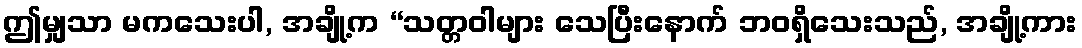
ဤမျှသာ မကသေးပါ, အချို့က “သတ္တဝါများ သေပြီးနောက် ဘဝရှိသေးသည်, အချို့ကား